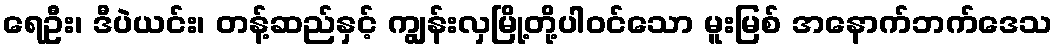
ရေဦး၊ ဒီပဲယင်း၊ တန့်ဆည်နှင့် ကျွန်းလှမြို့တို့ပါဝင်သော မူးမြစ် အနောက်ဘက်ဒေသ